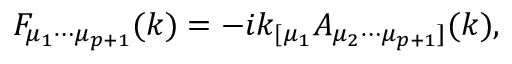
F _ { { \mu } _ { 1 } { \cdots } { \mu } _ { p + 1 } } ( k ) = - i k _ { [ { \mu } _ { 1 } } A _ { { \mu } _ { 2 } { \cdots } { \mu } _ { p + 1 } ] } ( k ) ,